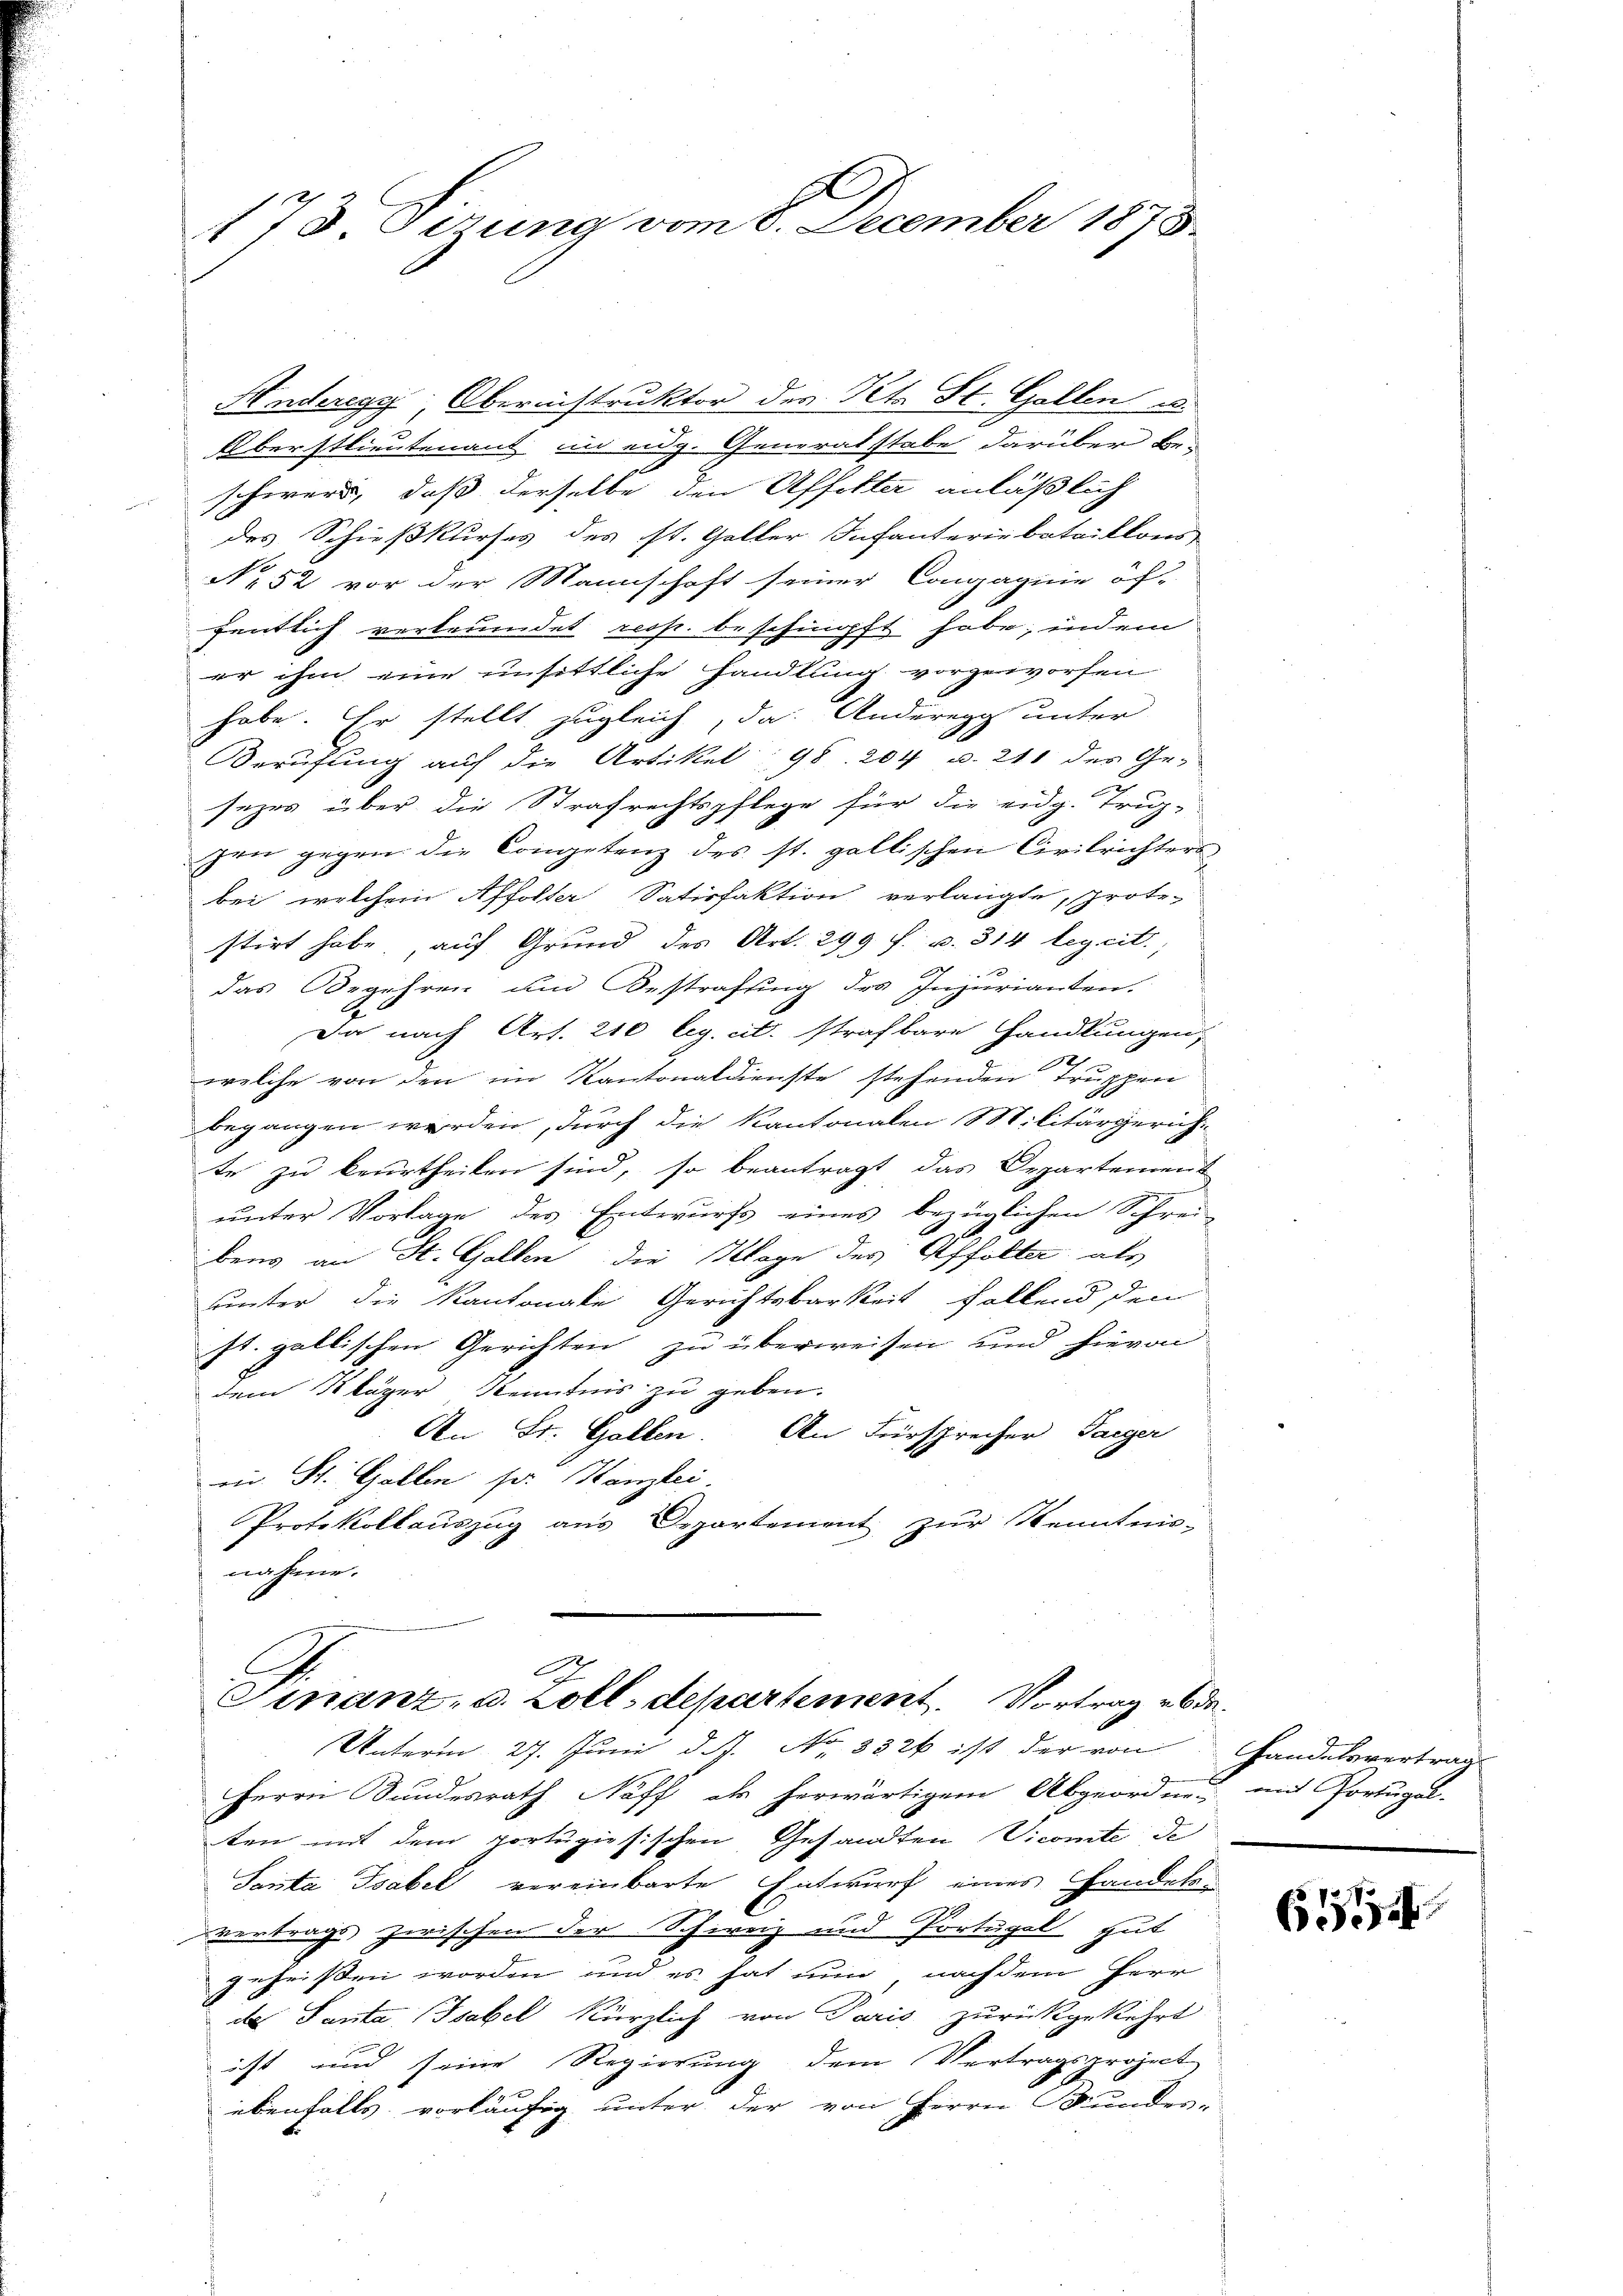
173 Sezung vom 8. December 1873.

Anderegg, Obernistruktor des Kts. St. Gallen u.
Oberstlieutenant in eidg. Generalstabe darüber be-
schwere, daß derselbe den Affekter anläßlich
des Schießkurses des st. Galler Infanteriebataillons
No 52 vor der Mannschaft seiner Compagnie öf-
fentlich verleumdet resp. beschimpft habe; indem
er ihm eine unsittliche Handlung vorgeworfen
habe. Er stellt zugleich, da. Anderegg unter
Berufung auf die Artikel; 98. 204 u. 211 des Ge-
sezes über die Strafrechtspflege für die eidg. Trup-
gen gegen die Competenz des st. gallischen Civilrichters
bei, welchem Affolter Satisfaktion verlangte, prote-
stirt habe, auf Grund des Art. 299 f. u. 314 legeit.
das Begehren um Bestrafung des Injurianten.
Da nach Art. 210 leg. cit. strafbare Handlungen,
welche von den im Kantonaldienste stehenden Truppen
begangen werden, durch die Kantonalen Militärgericht-
te zu beurtheilen sind, so beantragt das Departement
unter Vorlage des Entwurfs eines bezüglichen Schrei-
bens an St. Gallen die Klage des Affolte, als
unter die Kantonale Gerichtsbarkeit fallend dem
st. gallischen Gerichten zu überweisen und hievon
dem Kläger Kenntnis zu geben.
An St. Gallen. An Fürsprecher Tagger
in St. Gallen pr. Kanzlei.
Protokollauszug aus Departement zur Kenntnis-
nahme.

A
Finanz- u. Zoll, departement. Vortrag de
Unterm 27. Juni d. J. No 3326 ist der von Handelsvertrag

Herrn Sundesrath Neff als herwärtigem Abgeordnen mit Portugal-
ten mit dem portugiesischen Gesandten Vicomite de
Santa Tsabel vereinbarte Entwurf eines Handelavertrags zwischen der Schweiz und Portugal gut
geheißen worden und es hat nun nachdem Herr
des Santa (Tsabel kürzlich von Paris zurückgekehrt
ist und seine Regierung dem Vertragsproject
ebenfalls vorläufig unter der von Herrn Kundes-

644